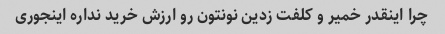
چرا اینقدر خمیر و کلفت زدین نونتون رو ارزش خرید نداره اینجوری